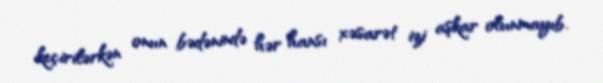
keçirilərkən onun bədənində hər hansı xəsarət izi aşkar olunmayıb.